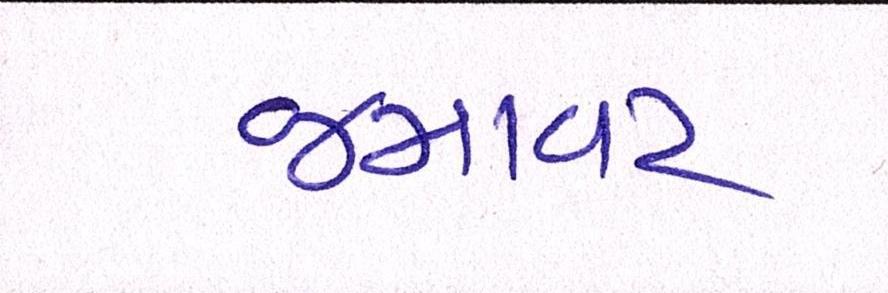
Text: જમાવટ